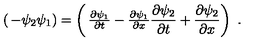
\left( \begin{matrix} { - \psi _ { 2 } } \\ { \psi _ { 1 } } \\ \end{matrix} \right) = \left( \begin{matrix} { \frac { \partial \psi _ { 1 } } { \partial t } - \frac { \partial \psi _ { 1 } } { \partial x } } \\ { \frac { \partial \psi _ { 2 } } { \partial t } + \frac { \partial \psi _ { 2 } } { \partial x } } \\ \end{matrix} \right) \ .